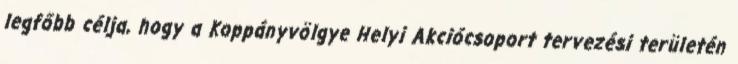
legfőbb célja, hogy a Koppányvölgye Helyi Akciócsoport tervezési területén